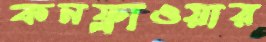
কনফ্লাওয়ার